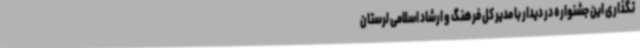
تگذاری این جشنواره در دیدار با مدیر کل فرهنگ و ارشاد اسلامی لرستان